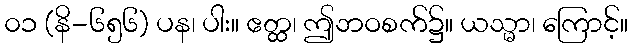
၀၁ (နိ-၆၅၆) ပန၊ ပါး။ ဧတ္ထ၊ ဤဘဝစက်၌။ ယသ္မာ၊ ကြောင့်။